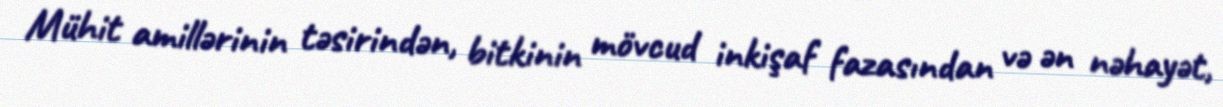
Mühit amillərinin təsirindən, bitkinin mövcud inkişaf fazasından və ən nəhayət,